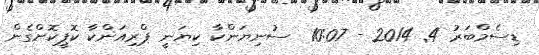
ޑިސެމްބަރު 4